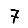
Digit: 7